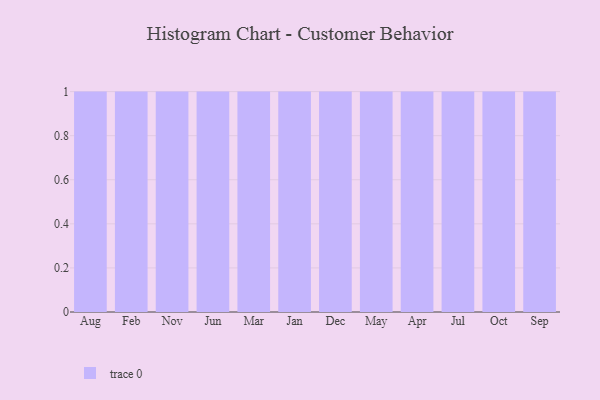
{"axis": {"x": "Month", "y": "Demand Index"}, "legend": [""], "data": [{"x": "Aug", "y": 90, "type": ""}, {"x": "Feb", "y": 92, "type": ""}, {"x": "Nov", "y": 37, "type": ""}, {"x": "Jun", "y": 99, "type": ""}, {"x": "Mar", "y": 82, "type": ""}, {"x": "Jan", "y": 37, "type": ""}, {"x": "Dec", "y": 55, "type": ""}, {"x": "May", "y": 49, "type": ""}, {"x": "Apr", "y": 77, "type": ""}, {"x": "Jul", "y": 16, "type": ""}, {"x": "Oct", "y": 21, "type": ""}, {"x": "Sep", "y": 33, "type": ""}]}